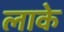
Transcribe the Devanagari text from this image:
लाके